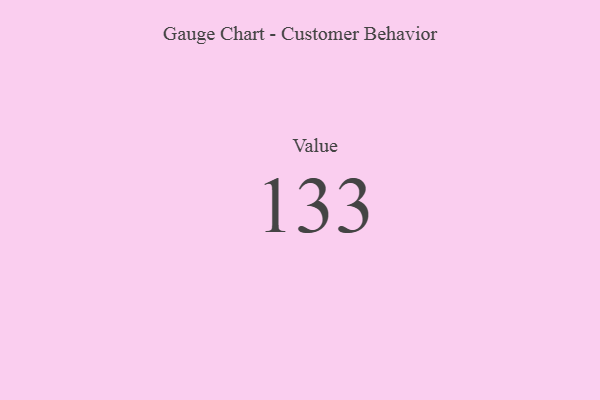
{"axis": {"x": "Metric", "y": "Value"}, "legend": [""], "data": [{"x": "Value", "y": 133, "type": ""}]}